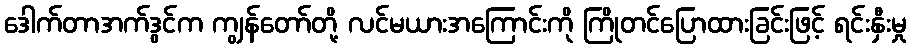
ဒေါက်တာအက်ဒွင်က ကျွန်တော်တို့ လင်မယားအကြောင်းကို ကြိုတင်ပြောထားခြင်းဖြင့် ရင်းနှီးမှု